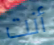
أنت